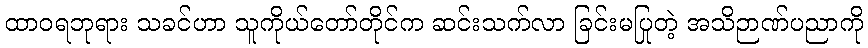
ထာဝရဘုရား သခင်ဟာ သူကိုယ်တော်တိုင်က ဆင်းသက်လာ ခြင်းမပြုတဲ့ အသိဉာဏ်ပညာကို